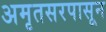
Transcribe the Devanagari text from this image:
अमृतसरपासून